Vaccination United Provinces of Agra and Oudh 1902-1913 - 1902-1913
Year: 1902
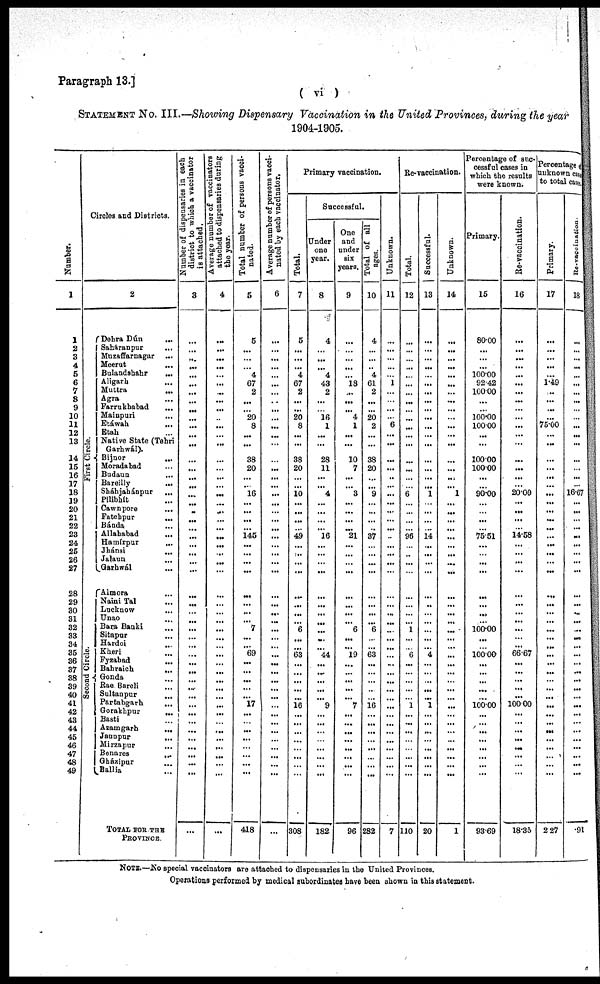
Paragraph 13.]
( vi )
STATEMENT No. III.—Showing Dispensary Vaccination in the United Provinces, during the year
1904-1905.
Number.
1
1
2
3
4
5
6
7
8
9
10
11
12
13
14
15
16
17
18
19
20
21
22
23
24
25
26
27
28
29
30
31
32
33
34
35
36
37
38
39
40
41
42
43
44
45
46
47
48
49
Circles and Districts.
2
First Circle.
Second Circle.
Dehra Dún ...
Saháranpur ...
Muzaffarnagar ...
Meerut ...
Bulandshahr
...
Aligarh ...
Muttra
...
Agra
...
Farrukhabad ...
Mainpuri
...
Etáwah ...
Etah ...
Native State (Tehri
Garhwál).
Bijnor ...
Moradabad ...
Budaun ...
Bareilly
...
Sháhjahánpur ...
Pilibhít ...
Cawnpore
...
Fatehpur
...
Bánda ...
Allahabad
...
Hamírpur
...
Jhánsi
...
Jalaun ...
Garhwál ...
Almora
...
Naini Tal ...
Lucknow ...
Unao ...
Bara Banki ...
Sitapur ...
Hardoi ...
Kheri ...
Fyzabad ...
Bahraich
...
Gonda ...
Rae Bareli ...
Sultanpur ...
Partabgarh ...
Gorakhpur
...
Basti ...
Azamgarh
...
Jaunpur
...
Mirzapur ...
Benares
...
Gházipur ...
Ballia
...
TOTAL FOR THE
PROVINCE.
Number of dispensaries in each
district to which a vaccinator
is attached.
3
...
...
...
...
...
...
...
...
...
...
...
...
...
...
...
...
...
...
...
...
...
...
...
...
...
...
...
...
...
...
...
...
...
...
...
...
...
...
...
...
...
...
...
...
...
...
...
...
...
...
Average number of vaccinators
attached to dispensaries during
the year.
4
...
...
...
...
...
...
...
...
...
...
...
...
...
...
...
...
...
...
...
...
...
...
...
...
...
...
...
...
...
...
...
...
...
...
...
...
...
...
...
...
...
...
...
...
...
...
...
...
...
...
Total number of persons vacci-
nated.
5
5
...
...
...
4
67
2
...
...
20
8
...
...
38
20
...
...
16
...
...
...
...
145
...
...
...
...
...
...
...
...
7
...
...
69
...
...
...
...
...
17
...
...
...
...
...
...
...
...
418
Average number of persons vacci-
nated by each vaccinator.
6
...
...
...
...
...
...
...
...
...
...
...
...
...
...
...
...
...
...
...
...
...
...
...
...
...
...
...
...
...
...
...
...
...
...
...
...
...
...
...
...
...
...
...
...
...
...
...
...
...
...
Primary vaccination.
Total.
7
5
...
...
...
4
67
2
...
...
20
8
...
...
38
20
...
...
10
...
...
...
...
49
...
...
...
...
...
...
...
...
6
...
...
63
...
...
...
...
...
16
...
...
...
...
...
...
...
...
308
Successful.
Under
one
year.
8
4
...
...
...
4
43
2
...
...
16
1
...
...
28
11
...
...
4
...
...
...
...
16
...
...
...
...
...
...
...
...
...
...
...
44
...
...
...
...
...
9
...
...
...
...
...
...
...
...
182
One
and
under
six
years.
9
...
...
...
...
...
18
...
...
...
4
1
...
...
10
7
...
...
3
...
...
...
...
21
...
...
...
...
...
...
...
...
6
...
...
19
...
...
...
...
...
7
...
...
...
...
...
...
...
...
96
Total of all
ages.
10
4
...
...
...
4
61
2
...
...
20
2
...
...
38
20
...
...
9
...
...
...
...
37
...
...
...
...
...
...
...
...
6
...
...
63
...
...
...
...
...
16
...
...
...
...
...
...
...
...
282
Unknown.
11
...
...
...
...
...
1
...
...
...
...
6
...
...
...
...
...
...
...
...
...
...
...
...
...
...
...
...
...
...
...
...
...
...
...
...
...
...
...
...
...
...
...
...
...
...
...
...
...
...
7
Re-vaccination.
Total.
12
...
...
...
...
...
...
...
...
...
...
...
...
...
...
...
...
...
6
...
...
...
...
96
...
...
...
...
...
...
...
...
1
...
...
6
...
...
...
...
...
1
...
...
...
...
...
...
...
...
110
Successful.
13
...
...
...
...
...
...
...
...
...
...
...
...
...
...
...
...
...
1
...
...
...
...
14
...
...
...
...
...
...
...
...
...
...
...
4
...
...
...
...
... 1
...
...
...
...
...
...
...
...
20
Unknown.
14
...
...
...
...
...
...
...
...
...
...
...
...
...
...
...
...
...
1
...
...
...
...
...
...
...
...
...
...
...
...
...
...
...
...
...
...
...
...
...
...
...
...
...
...
...
...
...
...
...
1
Percentage of suc-
cessful cases in
which the results
were known.
Primary.
15
80.00
...
...
...
100.00
92.42
100.00
...
...
100.00
100.00
...
...
100.00
100.00
...
...
90.00
...
...
...
...
75.51
...
...
...
...
...
...
... ...
100.00
...
...
100.00
...
...
...
...
...
100.00
...
...
...
...
...
...
...
...
93.69
Re-vaccination.
16
...
...
...
...
...
...
...
...
...
...
...
...
...
...
...
...
...
20.00
...
...
...
...
14.58
...
...
...
...
...
...
...
...
...
...
...
66.67
...
...
...
...
...
100.00
...
...
...
...
...
...
...
...
18.35
Percentage of
unknown cases
to total cases
Primary.
17
...
...
...
...
...
1.49
...
...
...
...
75.00
...
...
...
...
...
...
...
...
...
...
...
...
...
...
...
...
...
...
...
...
...
...
...
...
...
...
...
...
...
...
...
...
...
...
...
...
...
...
2.27
Re-vaccination.
18
...
...
...
...
...
...
...
...
...
...
...
...
...
...
...
...
...
16.67
...
...
...
...
...
...
...
...
...
...
...
...
...
...
...
...
...
...
...
...
...
...
...
...
...
...
...
...
...
...
...
.91
NOTE.—No special vaccinators are attached to dispensaries in the United Provinces.
Operations performed by medical subordinates have been shown in this statement.